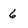
Character: 6